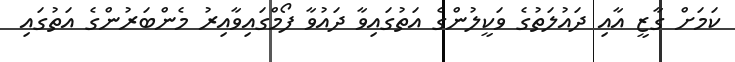
ކަމަށް ގާޒީ އާއި ދައުލަތުގެ ވަކީލުންގެ އަތުގައިވާ ދައުވާ ފޯމްގައިވާއިރު މެންބަރުންގެ އަތުގައި